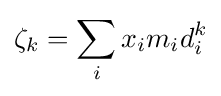
\zeta _{k}=\sum _{i}{x_{i}m_{i}d_{i}^{k}}